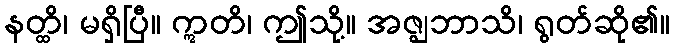
နတ္ထိ၊ မရှိပြီ။ ဣတိ၊ ဤသို့။ အဇ္ဈဘာသိ၊ ရွတ်ဆို၏။